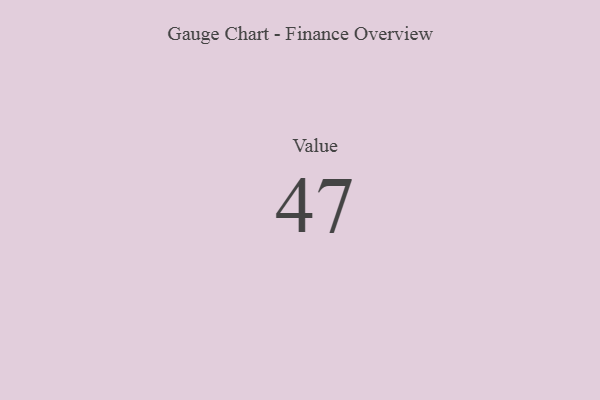
{"axis": {"x": "Metric", "y": "Value"}, "legend": [""], "data": [{"x": "Value", "y": 47, "type": ""}]}